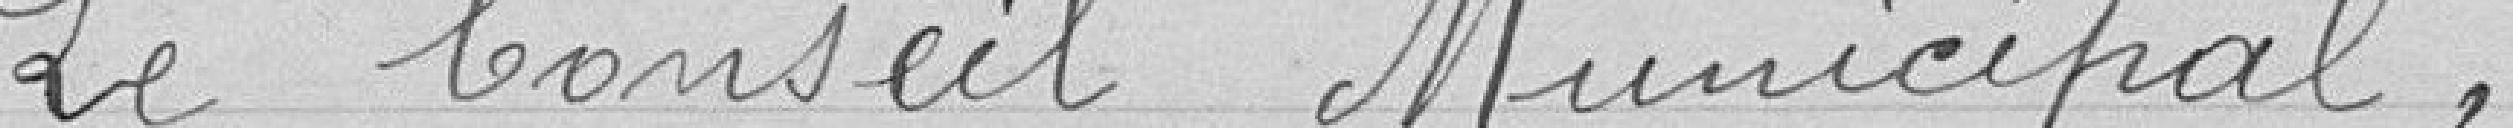
Le Conseil Municipal ,